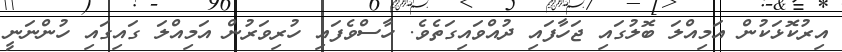
އިރުކޮޅަކުން އަމިއްލަ ބޮލުގައި ޖަހާފައި ދުއްވައިގަތެވެ. ހާސްވެފައި ހުރިވަރުން އަމިއްލަ ގައިގައި ހުންނަނީ